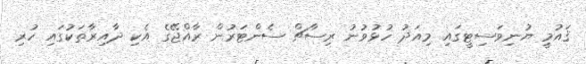
ޤައުމީ ޔުނިވަސިޓީގައި މިއަދު ހުޅުވުނު ރިސާޗް ސެންޓަރުން ރާއްޖޭގެ އެކި ދާއިރާތަކުގައި ހުރި